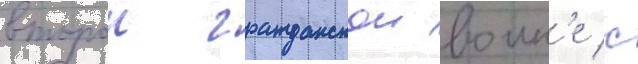
второи гражданскои воин'е с